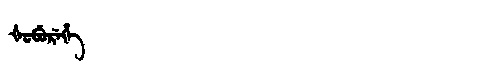
Manchu: ᡧᡠᠪᡠᡵᡝᡥᡝ
Romanization: ŠUBUREHE